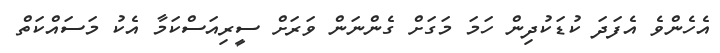
އެހެންވެ އެފަދަ ކުޑަކުދިން ހަމަ މަގަށް ގެންނަން ވަރަށް ސީރިއަސްކަމާ އެކު މަސައްކަތް